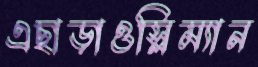
এছাড়াওস্লিম্যান